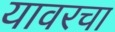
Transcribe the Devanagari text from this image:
यावरचा